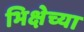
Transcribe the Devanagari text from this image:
भिक्षेच्या